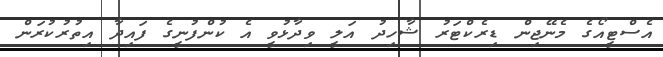
އެސްޓީއޯގެ މެނޭޖިން ޑިރެކްޓަރު ޝާހިދު އަލީ ވިދާޅުވީ އެ ކުންފުނީގެ ފައިދާ އިތުރުކުރަން